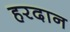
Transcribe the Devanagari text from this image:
हरदान